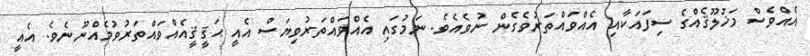
އެއްވެސް މަޚުލޫޤެއްގެ ސިފައަކާއި އެއްވައްތަރުވެގެން ނުވެއެވެ. ނަމުގައި އެއްވައްތަރުވިޔަސް އެއީ ޙަޤީޤީއެއްވައްތަރުވުމެއްނޫނެވެ. އެއީ